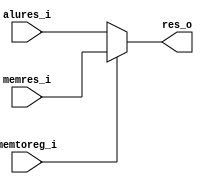
`timescale 1ns / 1ps
//////////////////////////////////////////////////////////////////////////////////
// Company: 
// Engineer: 
// 
// Design Name: 
// Module Name:    wb 
// Project Name: 
// Target Devices: 
// Tool versions: 
// Description: 
//
// Dependencies: 
//
// Revision: 
// Revision 0.01 - File Created
// Additional Comments: 
//
//////////////////////////////////////////////////////////////////////////////////
module wb(
    input memtoreg_i,
    input [15:0] alures_i,
    input [15:0] memres_i,
    output [15:0] res_o
    );
	
	assign res_o = (memtoreg_i) ? (memres_i) : (alures_i);


endmodule